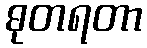
ဓုတရတာ